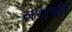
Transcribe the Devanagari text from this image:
तराकी